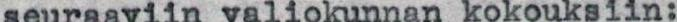
seuraaviin valiokunnan kokouksiin: